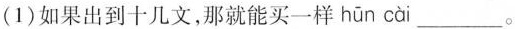
(1)如果出到十几文，那就能买一样 hūn cà___。